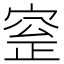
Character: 𡩞